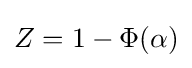
Z=1-\Phi (\alpha )